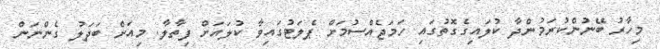
މިހާރު ބޭނުންކުރަމުންދާ ކުލައިގެގޮތުގައި ހަމަޖެއްސުމަށް ޕެލަޓުގައިވާ ކުލަައަށް ފިތާލާ. މިއަށް ބަދަލު ގެންނަން